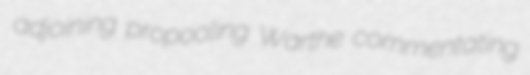
adjoining propooling Warthe commentating